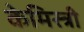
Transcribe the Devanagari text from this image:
केमिस्त्री